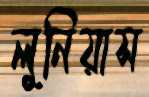
লুনিয়াস